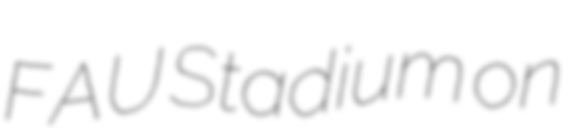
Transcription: FAU Stadium on